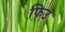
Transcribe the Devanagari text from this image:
फिउ